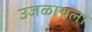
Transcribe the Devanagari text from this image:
उजळायला